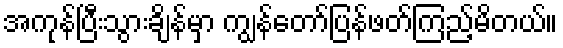
အကုန်ပြီးသွားချိန်မှာ ကျွန်တော်ပြန်ဖတ်ကြည့်မိတယ်။